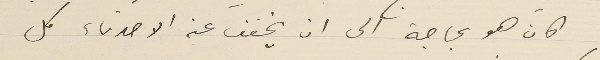
كان هو بحاجة الى ان يخفف عن الاصدقاء كل